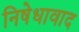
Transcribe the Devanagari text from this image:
निषेधावाद